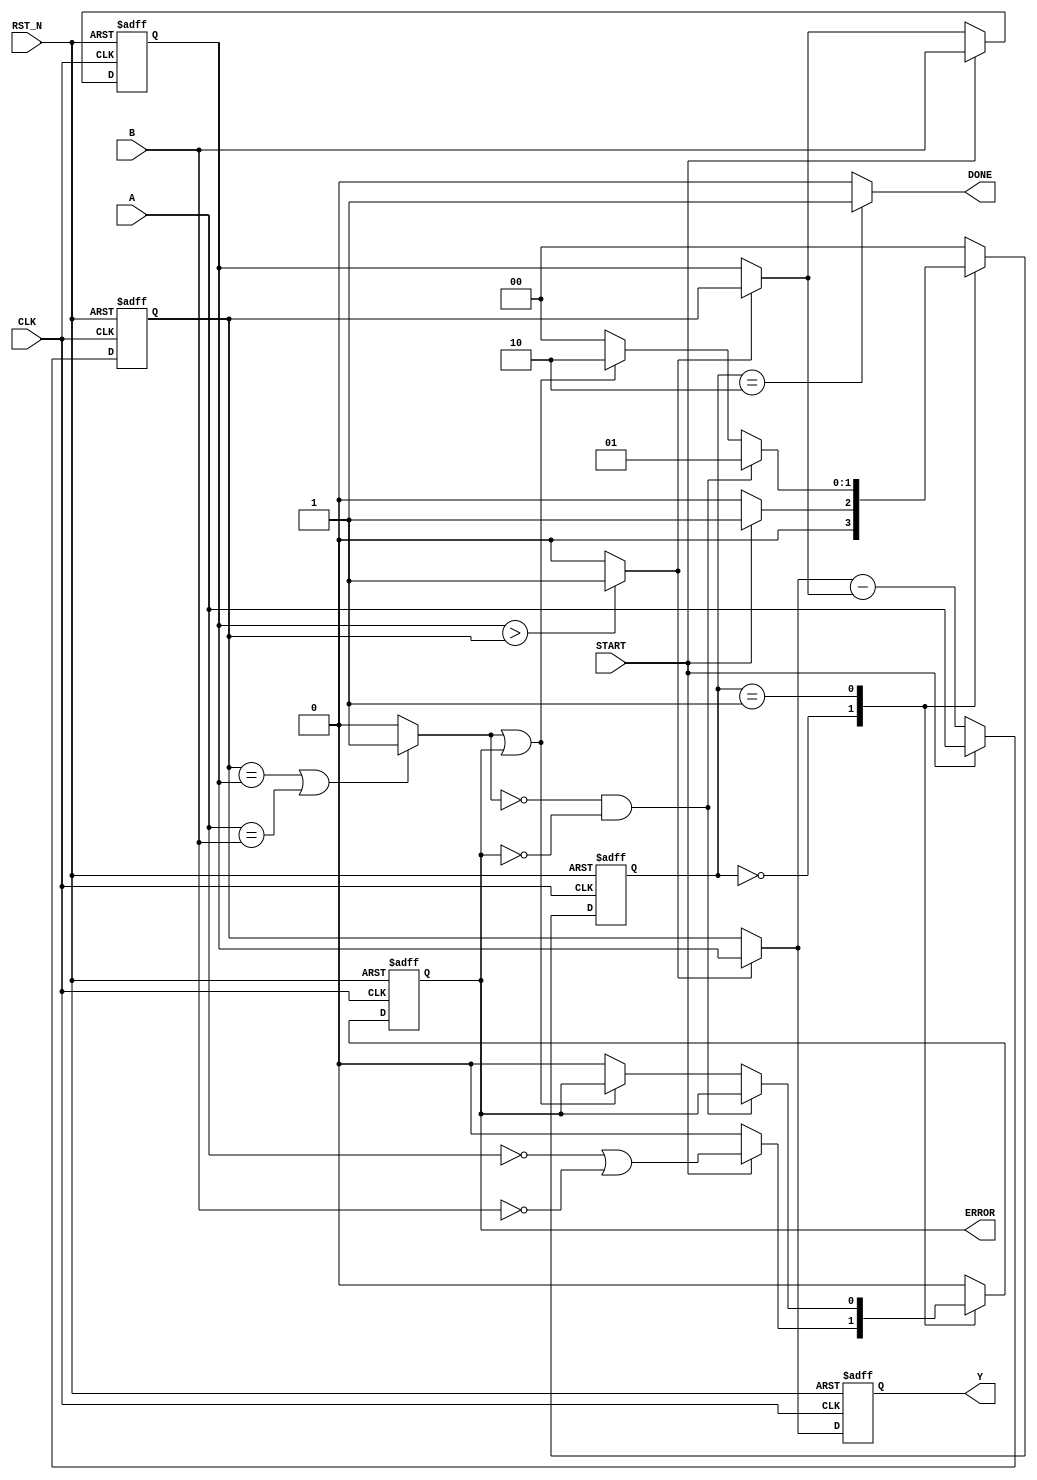
module GCD (
  input wire CLK,
  input wire RST_N,
  input wire [7:0] A,
  input wire [7:0] B,
  input wire START,
  output reg [7:0] Y,
  output reg DONE,
  output reg ERROR
);

  reg found, swap;
  reg [7:0] reg_a, reg_b, data_a, data_b, next_a, next_b;
  reg [7:0] diff;
  reg error_next;
  reg [1:0] state, state_next;

  parameter [1:0] IDLE = 2'b00;
  parameter [1:0] CALC = 2'b01;
  parameter [1:0] FINISH = 2'b10;

  // ////////////////
  // HW TODO: Complete the GCD module
  // ////////////////
  //
  // Note: You may calculate theose signals by using either
  //       assign statement or always block. Just remember to use
  //       the proper signal type (namely, wire or reg) as well.
  //
  always @(posedge CLK or negedge RST_N) begin
	if(!RST_N) state <= IDLE;
	else state <= state_next;
  end
  always @(*) begin
	state_next = IDLE;
	error_next = 1'b0;
	DONE = 1'b0;
	case (state)
		IDLE: begin
		  if(!START) begin
			state_next = IDLE;
			error_next = 1'b0;
		  end else begin
			state_next = CALC;
			error_next = (A==0 || B==0);
		  end
		end
		CALC: begin
		  if(!found && !ERROR) begin
			state_next = CALC;
			error_next = ERROR;
		  end else if(found || ERROR) begin
			state_next = FINISH;
			error_next = ERROR;
		  end
		end
		FINISH: begin
		  state_next = IDLE;
		  error_next = 1'b0;
		  DONE = 1'b1;
		end
	endcase
  end
  always @(posedge CLK or negedge RST_N) begin
	if(!RST_N) ERROR <= 1'b0;
	else ERROR <= error_next;
  end
  always @(posedge CLK or negedge RST_N) begin
	if(!RST_N) Y <= 0;
	else Y <= data_a;
  end
  always @(posedge CLK or negedge RST_N) begin
	if(!RST_N) begin
	  reg_a = 0;
	  reg_b = 0;
	end else begin
	  reg_a = next_a;
	  reg_b = next_b;
	end
  end
  always @(*) begin
	if(START==1) begin
	  next_a = A;
	  next_b = B;
	end else begin
	  next_a = diff;
	  next_b = data_b;
	end
  end
  always @(*) begin
	swap = (reg_b>reg_a)? 1'b1 : 1'b0;
	if(swap==1) begin
	  data_a = reg_b;
	  data_b = reg_a;
	end else begin
	  data_a = reg_a;
	  data_b = reg_b;
	end
	diff = data_a - data_b;
	found = (reg_a==reg_b || A==B)? 1'b1 : 1'b0;
  end

endmodule